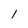
Character: 1